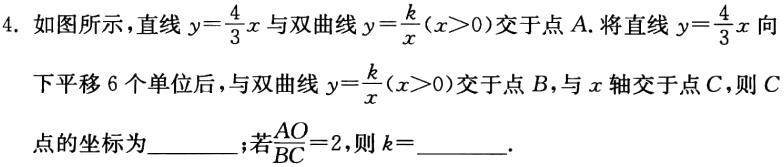
4. 如图所示，直线\(y = \frac{4}{3}x\)与双曲线\(y=\frac{k}{x}(x > 0)\)交于点\(A\). 将直线\(y=\frac{4}{3}x\)向下平移\(6\)个单位后，与双曲线\(y = \frac{k}{x}(x > 0)\)交于点\(B\)，与\(x\)轴交于点\(C\)，则\(C\)点的坐标为  ；若\(\frac{AO}{BC}=2\)，则\(k =\)  .